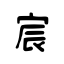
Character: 宸